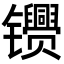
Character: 𬮂